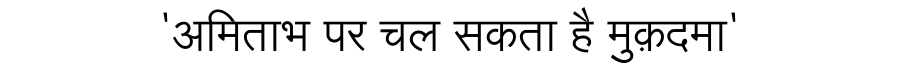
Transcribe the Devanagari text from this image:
'अमिताभ पर चल सकता है मुक़दमा'